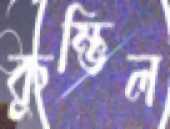
কুম্ভিল